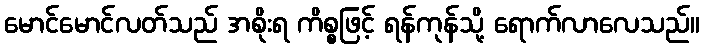
မောင်မောင်လတ်သည် အစိုးရ ကိစ္စဖြင့် ရန်ကုန်သို့ ရောက်လာလေသည်။